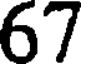
67